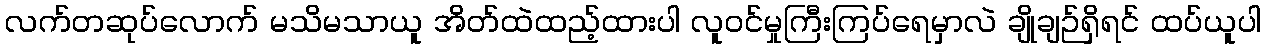
လက်တဆုပ်လောက် မသိမသာယူ အိတ်ထဲထည့်ထားပါ လူဝင်မှုကြီးကြပ်ရေမှာလဲ ချိုချဉ်ရှိရင် ထပ်ယူပါ